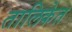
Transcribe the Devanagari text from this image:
तालिकेत